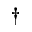
\dagger